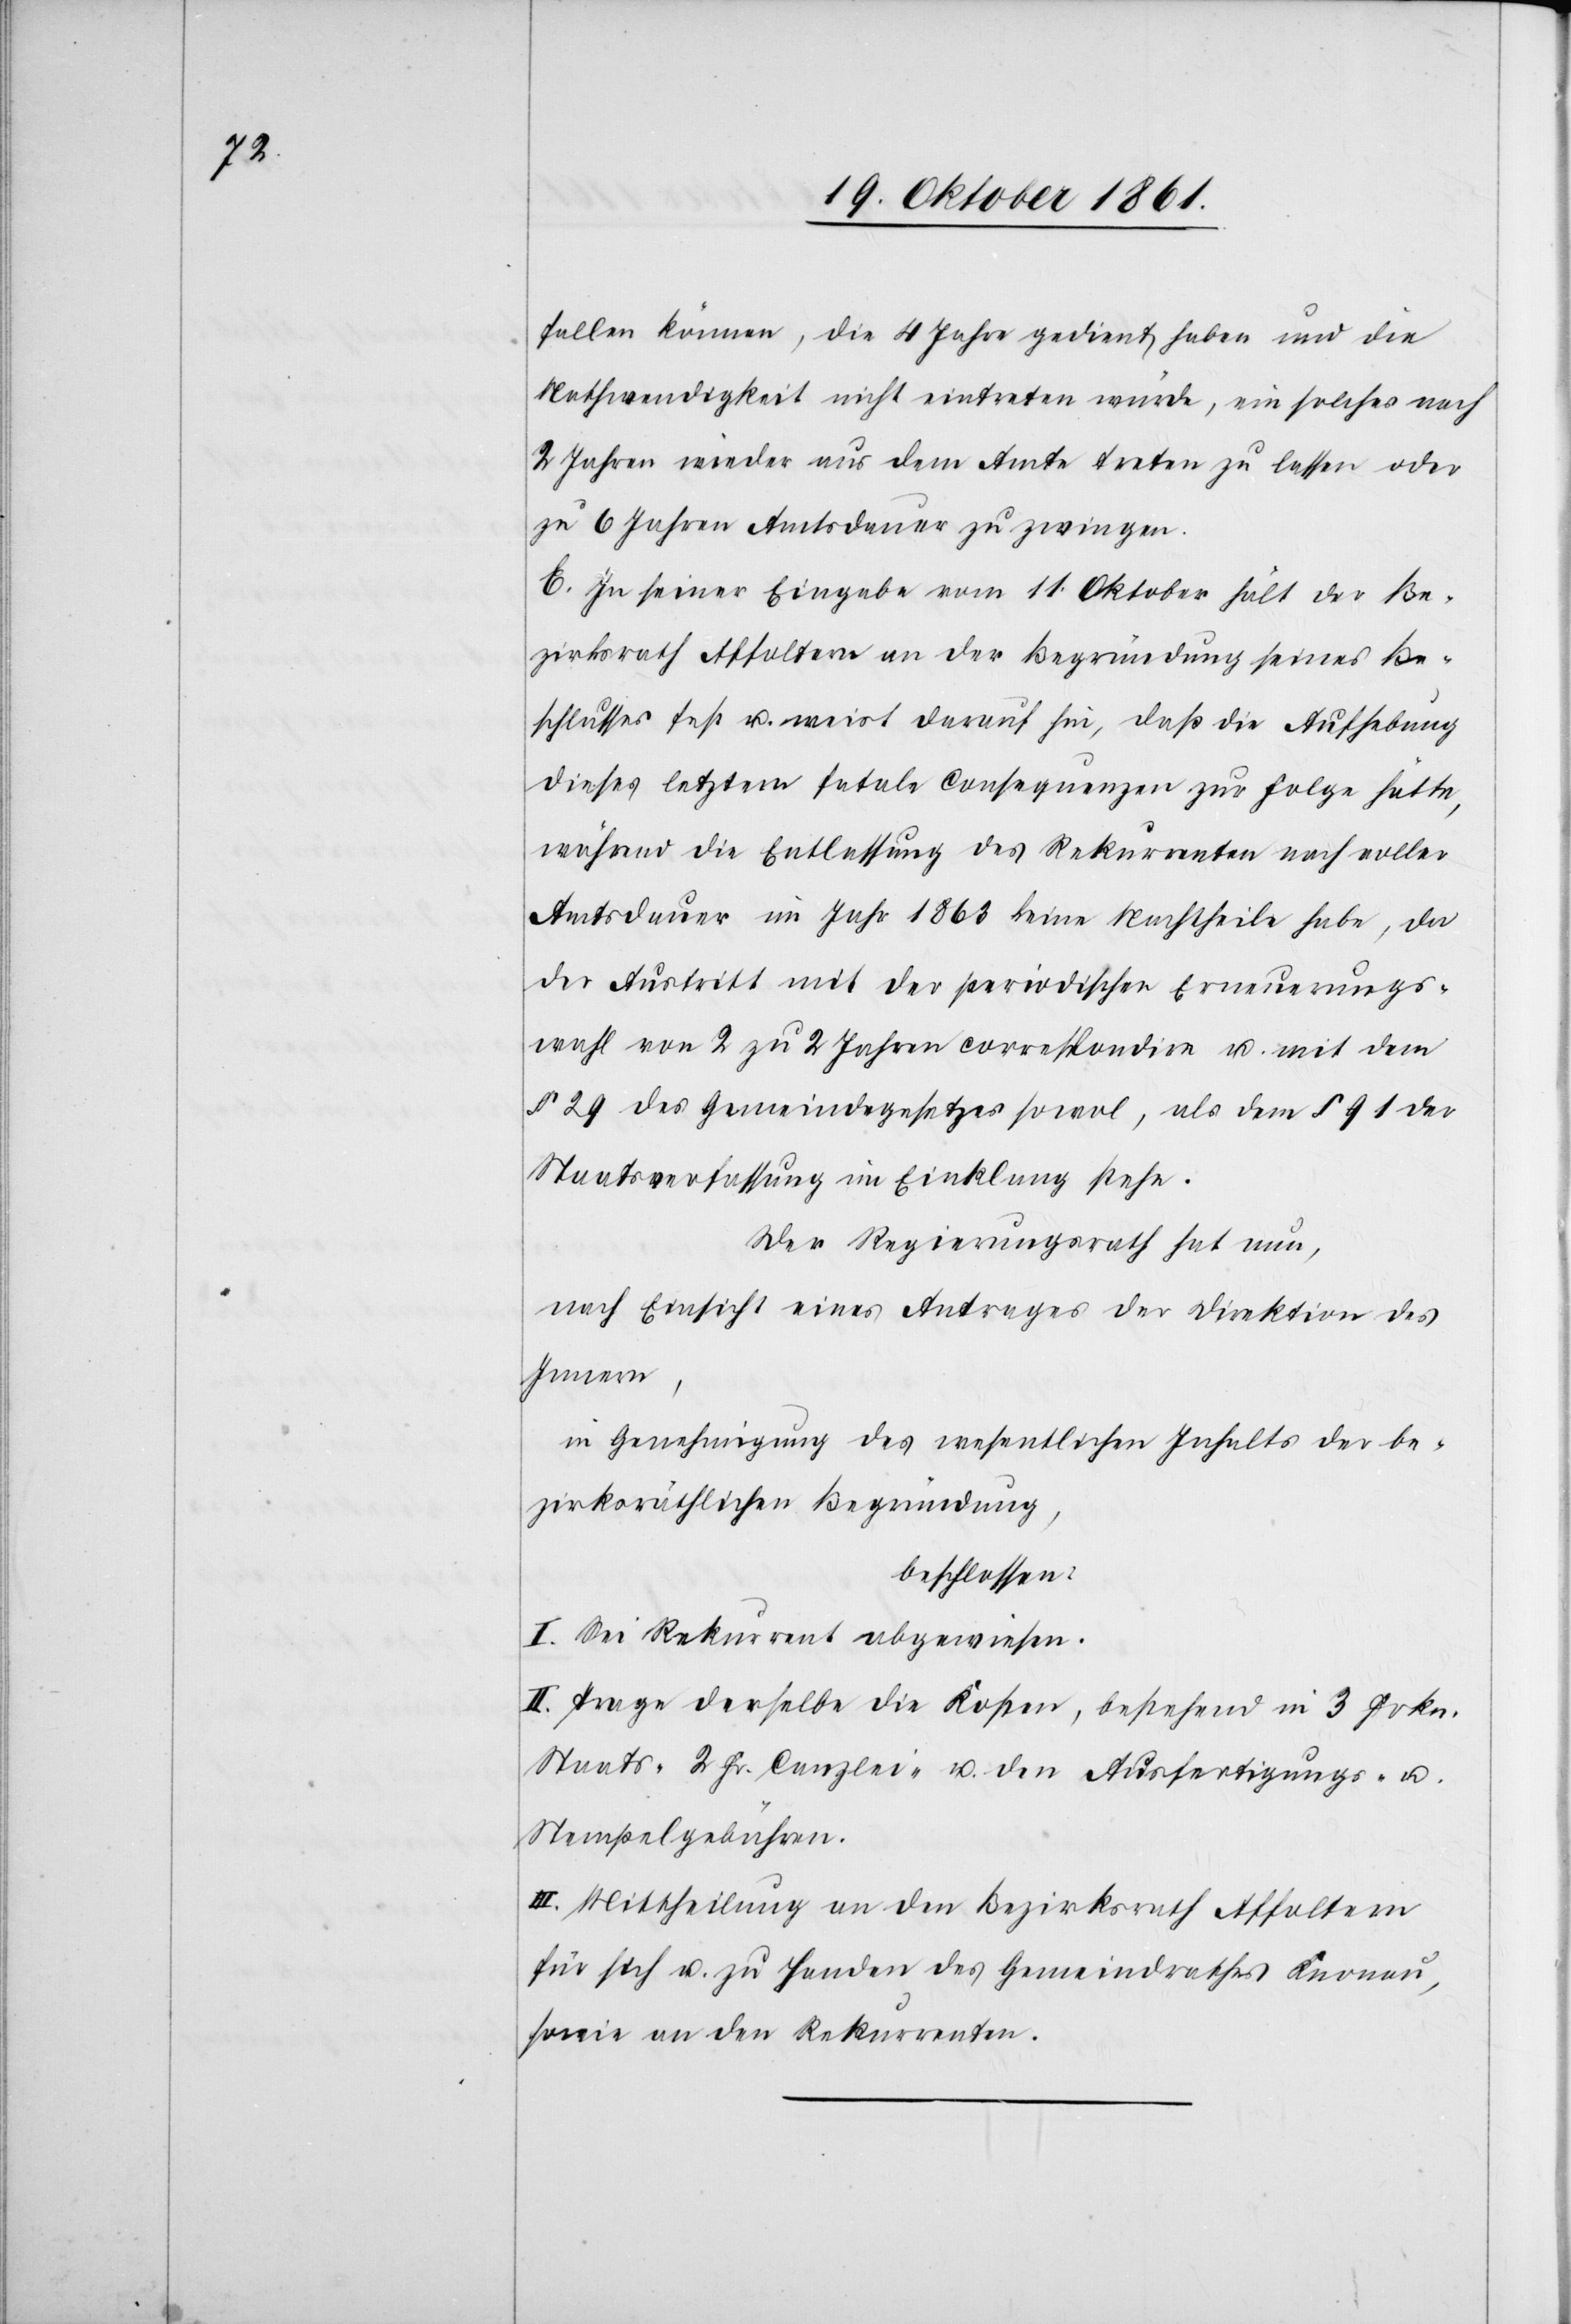
fallen können, die 4 Jahre gedient haben und die
Nothwendigkeit nicht eintreten würde, ein solches nach
2 Jahren wieder aus dem Amte treten zu lassen oder
zu 6 Jahren Amtsdauer zu zwingen.
E. In seiner Eingabe vom 11 Oktober hält der Be¬
zirksrath Affoltern an der Begründung seines Be¬
schlusses fest u. weist darauf hin, daß die Aufhebung
dieses letztern fatale Consequenzen zur Folge hätte,
während die Entlassung des Rekurrenten nach voller
Amtsdauer im Jahr 1863 keine Nachtheile habe, da
der Austritt mit der periodischen Erneuerungs¬
wahl von 2 zu 2 Jahren correspondire u. mit dem
§ 29 des Gemeindegesetzes sowol, als dem § 91 der
Staatsverfassung im Einklang stehe.
Der Regierungsrath hat nun,
nach Einsicht eines Antrages der Direktion des
Innern,
in Genehmigung des wesentlichen Inhalts der be¬
zirksräthlichen Begründung,
beschlossen:
I. Sei Rekurrent abzuweisen.
II. Trage derselbe die Kosten, bestehend in 3 Frkn.
Staats-[,] 2 Fr. Canzlei- u. den Ausfertigungs- u.
Stempelgebühren.
III. Mittheilung an den Bezirksrath Affoltern
für sich u. zu Handen des Gemeindrathes Knonau,
sowie an den Rekurrenten.